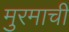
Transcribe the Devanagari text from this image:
मुरमाची